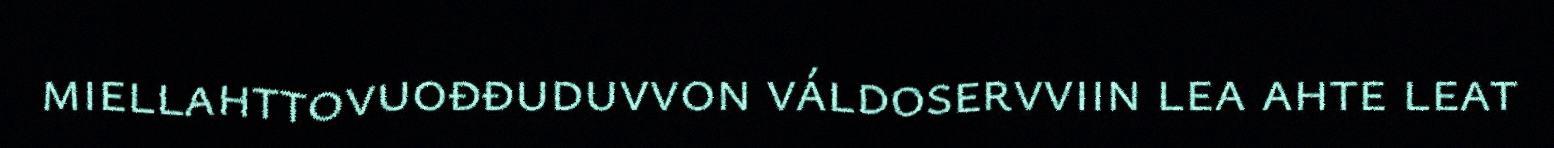
miellahttovuođđuduvvon váldoservviin lea ahte leat